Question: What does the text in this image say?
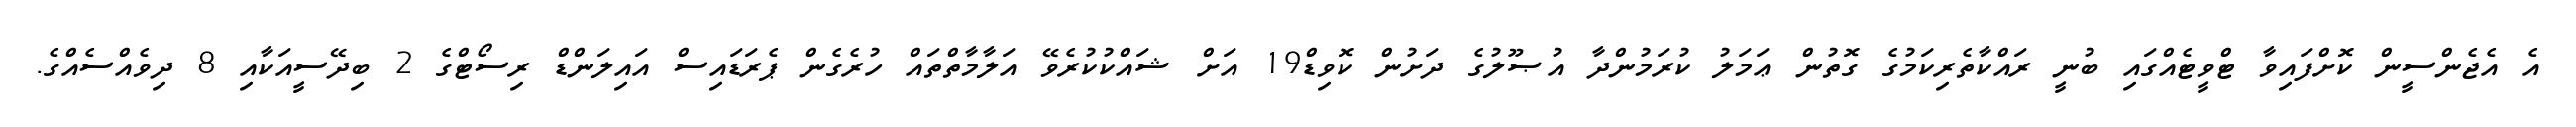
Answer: އެ އެޖެންސީން ކޮށްފައިވާ ޓްވީޓެއްގައި ބުނީ ރައްކާތެރިކަމުގެ ގޮތުން ޢަމަލު ކުރަމުންދާ އުޞޫލުގެ ދަށުން ކޮވިޑް19 އަށް ޝައްކުކުރެވޭ އަލާމާތްތައް ހުރެގެން ޕެރަޑައިސް އައިލަންޑް ރިސޯޓްގެ 2 ބިދޭސީއަކާއި 8 ދިވެއްސެއްގެ.